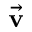
\vec { \bf v }